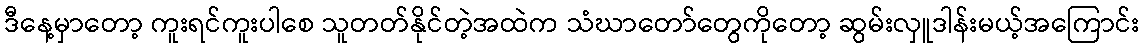
ဒီနေ့မှာတော့ ကူးရင်ကူးပါစေ သူတတ်နိုင်တဲ့အထဲက သံဃာတော်တွေကိုတော့ ဆွမ်းလှူဒါန်းမယ့်အကြောင်း